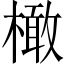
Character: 橄